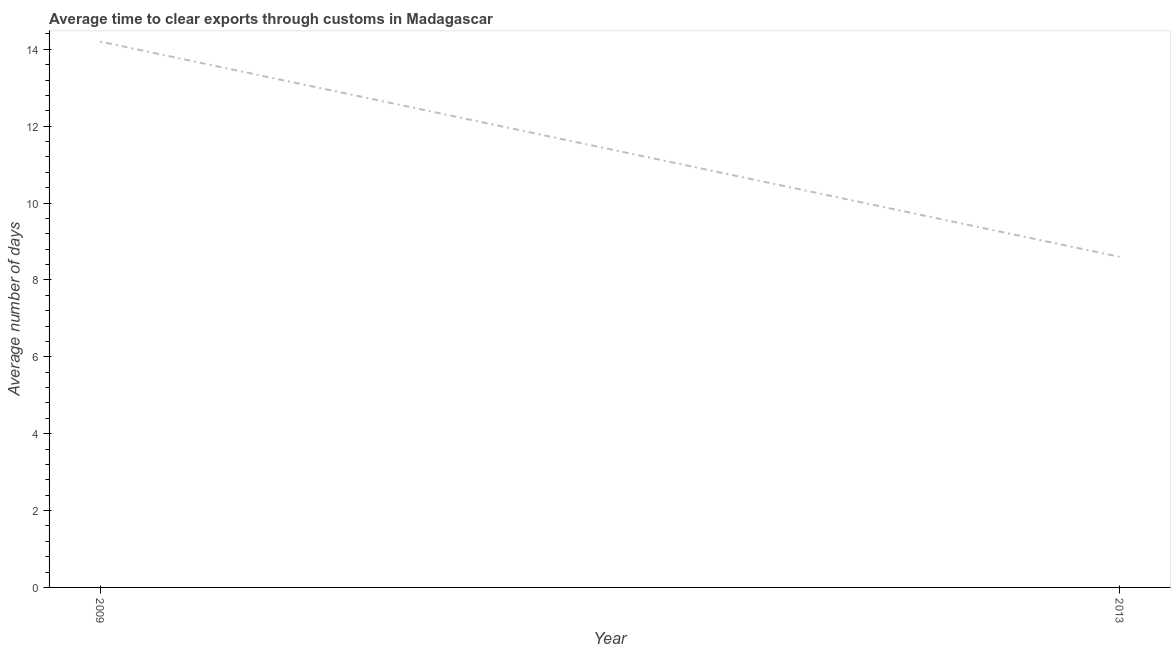
| Year | Time to clear exports through customs |
 | --- | --- |
 | 2009 | 14.2 |
 | 2013 | 8.6 |